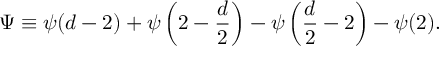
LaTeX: \Psi \equiv \psi ( d - 2 ) + \psi \left( 2 - { \frac { d } { 2 } } \right) - \psi \left( { \frac { d } { 2 } } - 2 \right) - \psi ( 2 ) .